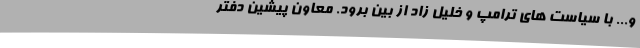
و... با سیاست های ترامپ و خلیل زاد از بین برود. معاون پیشین دفتر